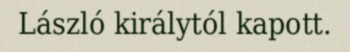
László királytól kapott.